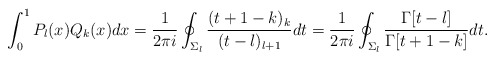
\begin{align*} \int_0^1 P_l(x) Q_k(x) dx = \frac{1}{2\pi i} \oint_{\Sigma_l} \frac{(t+1-k)_k}{(t-l)_{l+1}} dt= \frac{1}{2\pi i} \oint_{\Sigma_l} \frac{\Gamma[t-l]}{\Gamma[t+1-k]} dt.\end{align*}